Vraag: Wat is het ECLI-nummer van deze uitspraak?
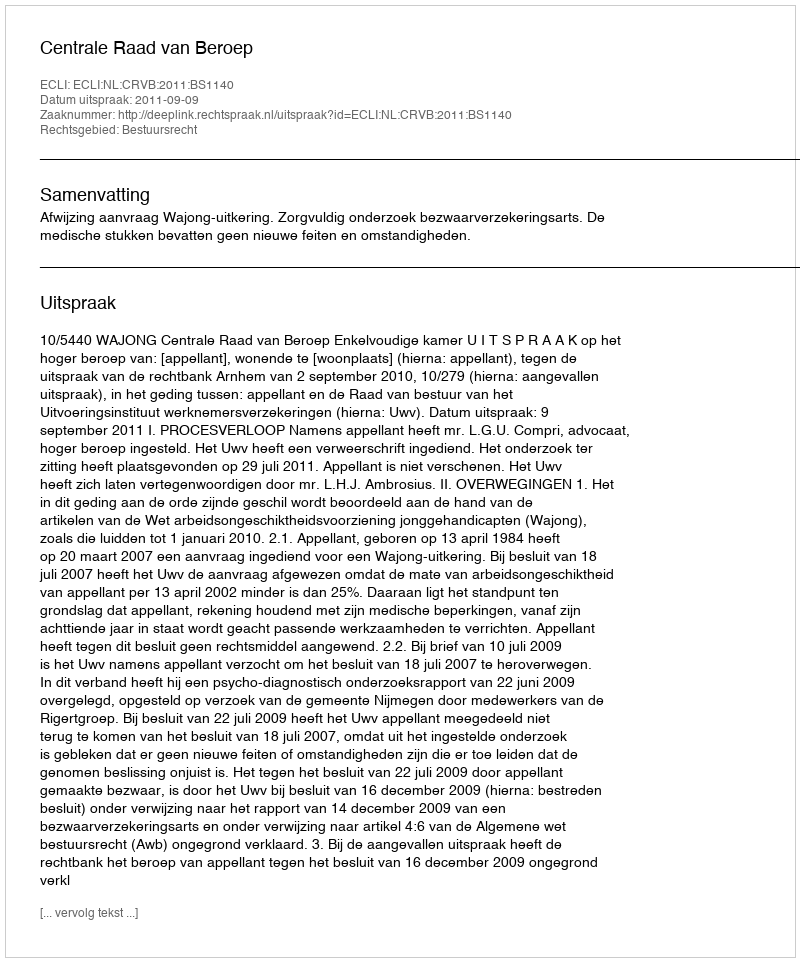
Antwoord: ECLI:NL:CRVB:2011:BS1140